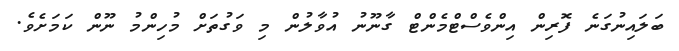
ބަލައިނުގަނެ ފޮރިން އިންވެސްޓްމެންޓް ގާނޫނު އުވާލުން މި ވަގުތަށް މުހިންމު ނޫން ކަމަށެވެ.